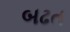
બઢત